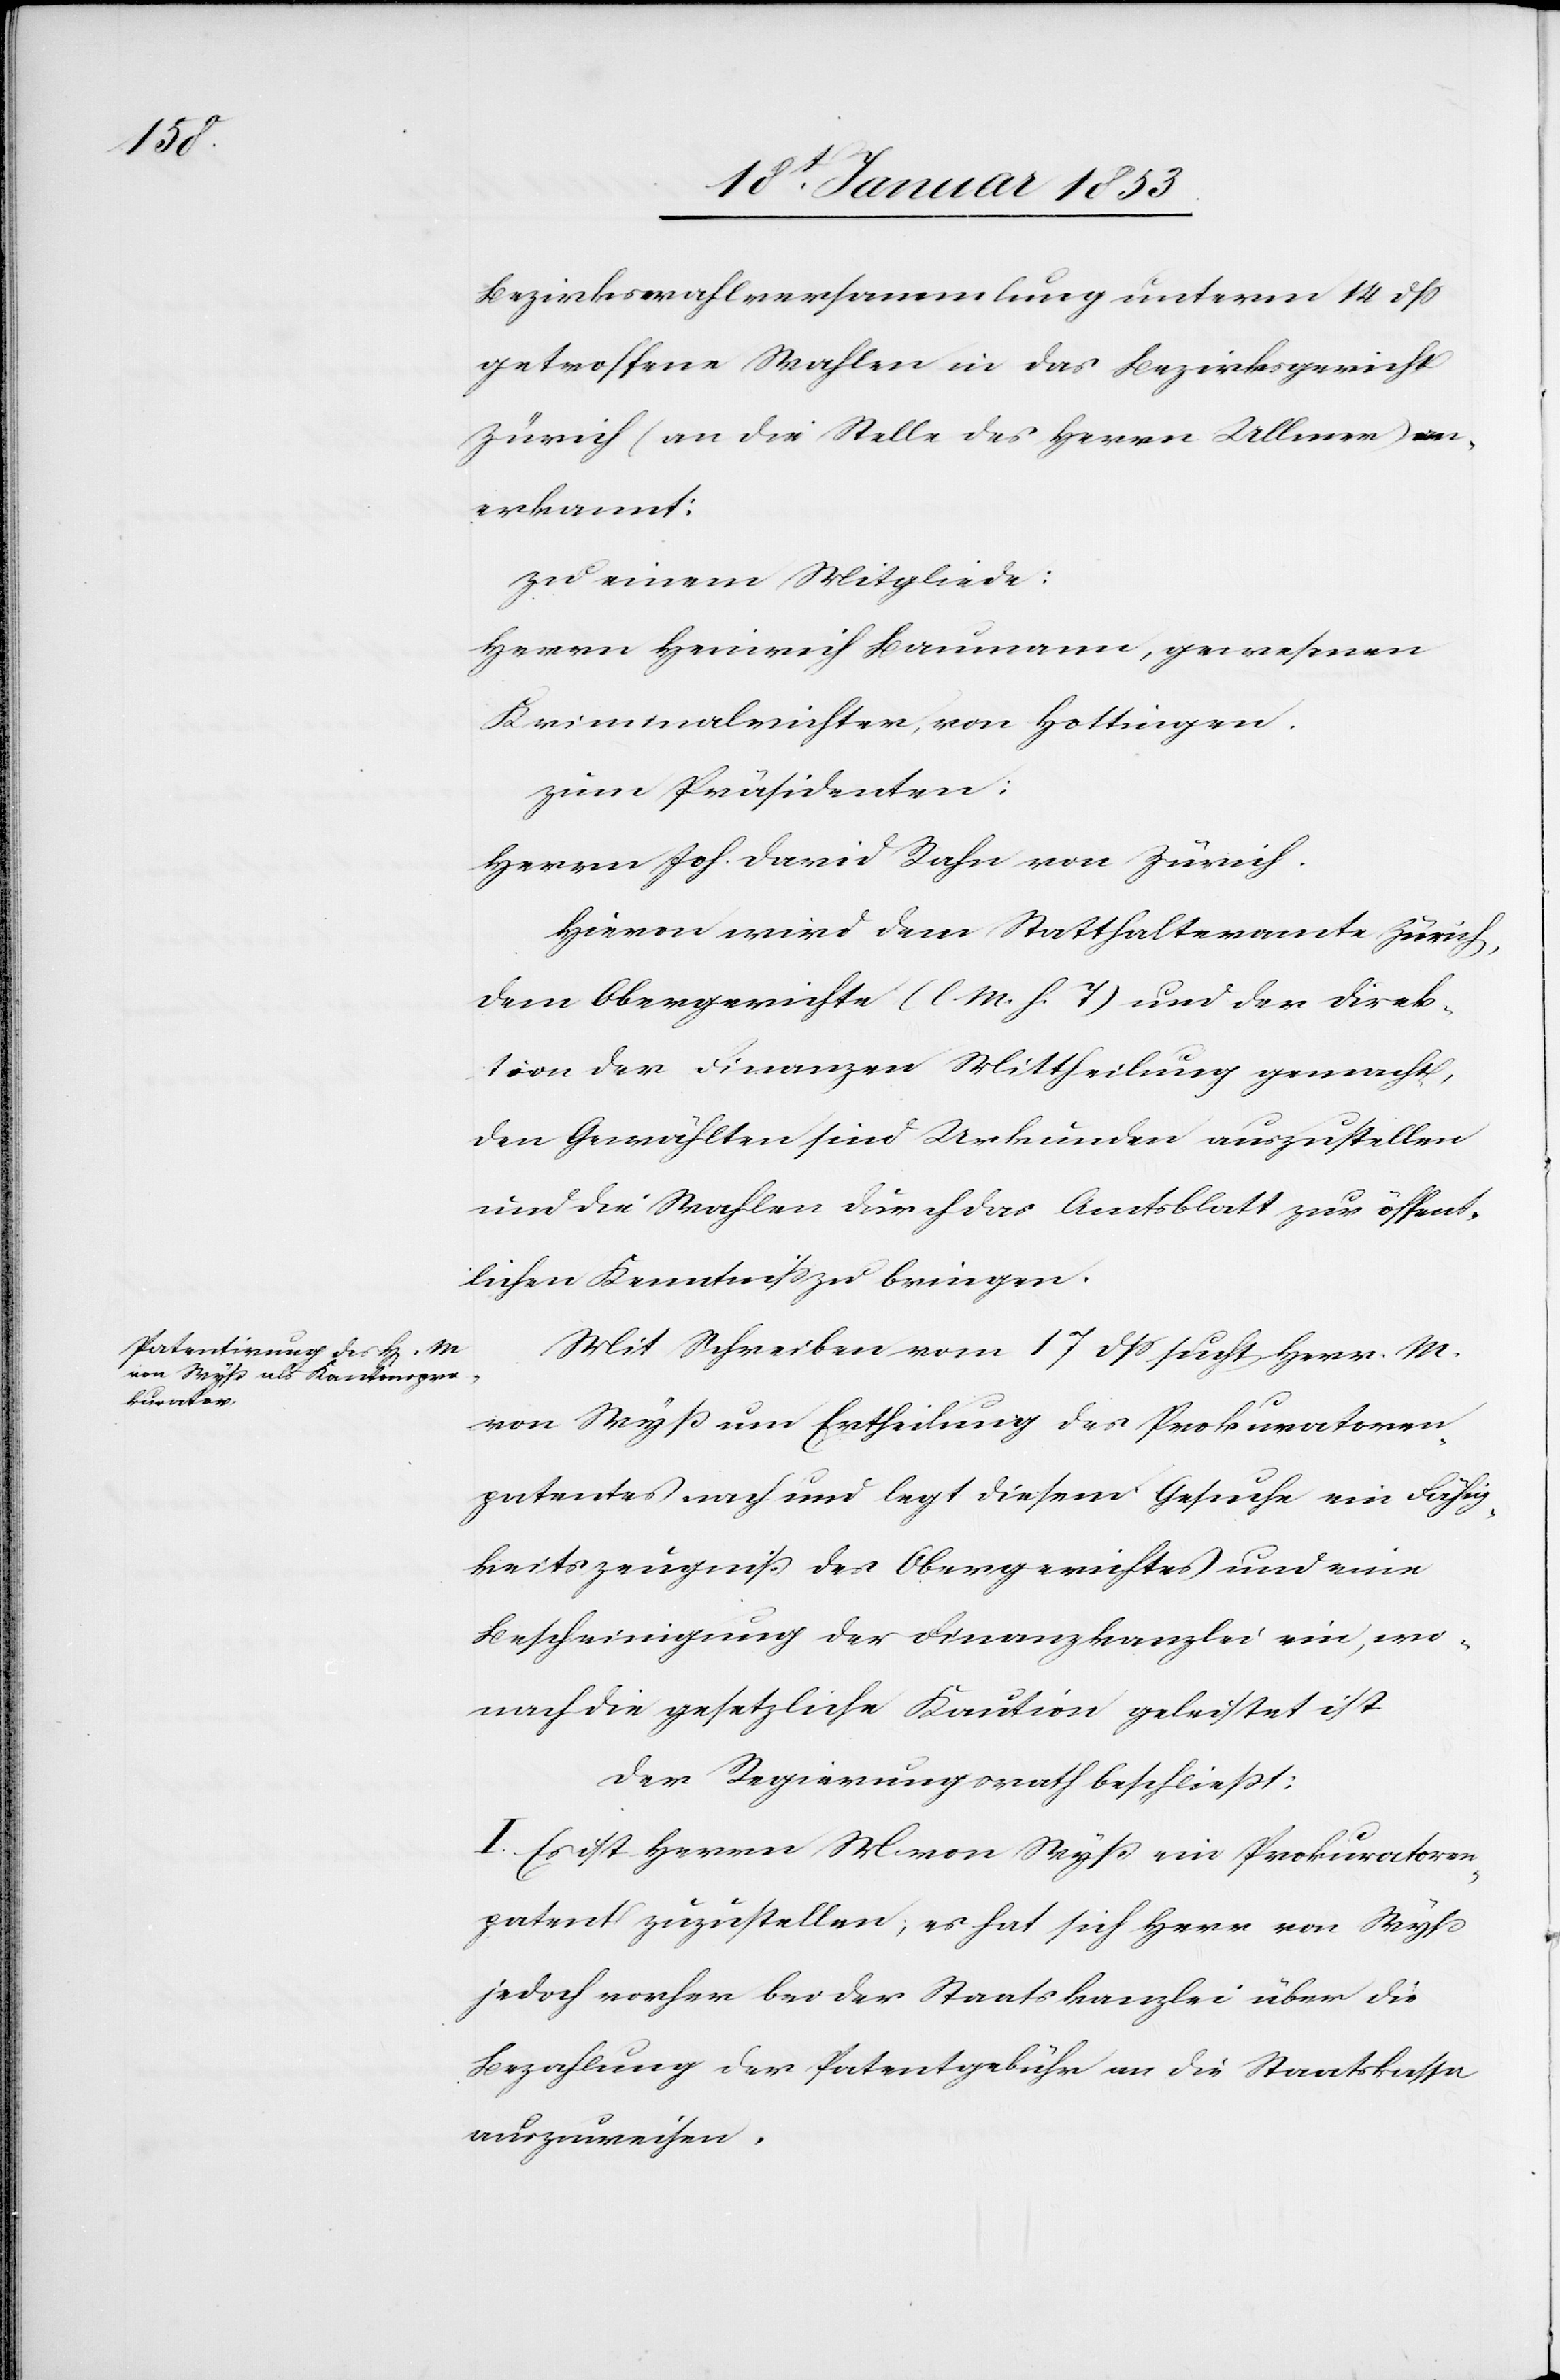
Bezirkswahlversammlung unterm 14 dß
getroffenen Wahlen in das Bezirksgericht
Zürich (an die Stelle des Herrn Ullmen) an¬
erkannt:
zu einem Mitgliede:
Herrn Heinrich Baumann, gewesenen
Kriminalrichter, von Hottingen.
zum Präsidenten:
Herrn Joh. David Rahn von Zürich.
Hievon wird dem Statthalteramte Zürich,
dem Obergerichte [l. M. h. T] und der Direk¬
tion der Finanzen Mittheilung gemacht,
den Gewählten sind Urkunden auszustellen
und die Wahlen durch das Amtsblatt zur öffent¬
lichen Kenntniß zu bringen.
Mit Schreiben vom 17 dß sucht Herr M.
von Wyß um Ertheilung des Prokuratoren¬
patentes nach und legt diesem Gesuche ein Fähig¬
keitszeugniß des Obergerichtes und eine
Bescheinigung der Finanzkanzlei ein, wo¬
nach die gesetzliche Kaution geleistet ist,
der Regierungsrath beschließt:
I. Es ist Herrn M. von Wyß ein Prokuratoren¬
patent zuzustellen, es hat sich Herr von Wyß
jedoch vorher bei der Staatskanzlei über die
Bezahlung der Patentgebühr an die Staatskassen
auszuweisen.